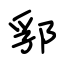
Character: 郛